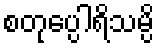
စတုပ္ပေါရိသမ္ပိ